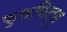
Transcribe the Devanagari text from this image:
फुलफिल्ड्